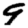
Digit: 9